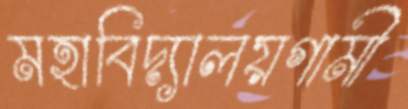
মহাবিদ্যালয়গামী